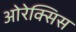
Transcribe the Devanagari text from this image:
ओरेक्सिस